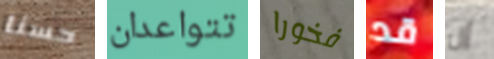
حسنا تتواعدان فخورا قد إن